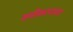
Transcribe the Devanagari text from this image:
समीकरणाचा